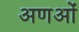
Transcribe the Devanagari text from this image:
अणओं